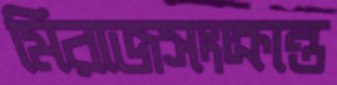
মিরাজসংক্রান্ত